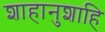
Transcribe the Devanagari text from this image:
शाहानुशाहि